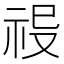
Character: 𥙈